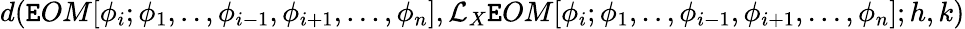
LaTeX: d(\mathtt{E}OM[\phi_{i};\phi_{1},..,\phi_{i-1},\phi_{i+1},...,\phi_{n}],\mathcal{{L}}_{X}\mathtt{E}OM[\phi_{i};\phi_{1},..,\phi_{i-1},\phi_{i+1},...,\phi_{n}];h,k)